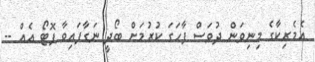
އެމެރިކާގެ މިނިވަން ދުވަސް ފާހަގަ ކުރުމަށް ބޯދީ ނަގާފައިވާ ފޮޓޯ އެއް --